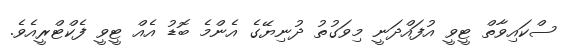
ސްކައިވާތް ޓީވީ އުފައްދަނީ މިވަގުތު ދުނިޔޭގެ އެންމެ ބޮޑު އެއް ޓީވީ ފެކްޓްރީއެވެ.